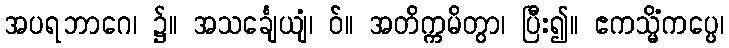
အပရဘာဂေ၊ ၌။ အသင်္ချေယျံ၊ ဝ်။ အတိက္ကမိတွာ၊ ပြီး၍။ ဧကသ္မိံကပ္ပေ၊